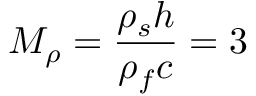
M _ { \rho } = \frac { \rho _ { s } h } { \rho _ { f } c } = 3